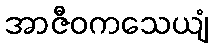
အာဇီဝကသေယျံ